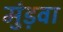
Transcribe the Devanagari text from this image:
मुंड़वा